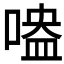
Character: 𠹃